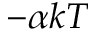
- \alpha k T